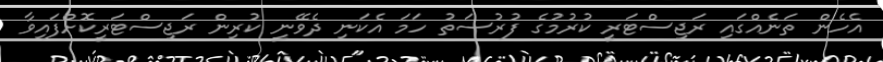
އެހެން ތަނެއްގައި ރަޖިސްޓަރީ ކުރުމުގެ ފުރުސަތު ހަމަ އެކަނި ދެވޭނީ ކުރިން ރަޖިސްޓަރީކޮށްފައިވާ